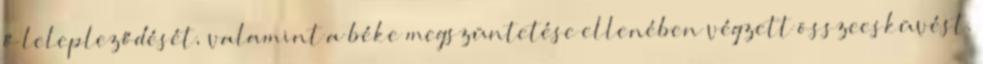
ő lelepleződését, valamint a béke megszüntetése ellenében végzett összeesküvést.